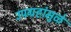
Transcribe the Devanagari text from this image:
उपग्रहांमुळे